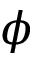
\phi